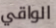
الواقي